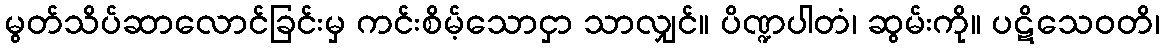
မွတ်သိပ်ဆာလောင်ခြင်းမှ ကင်းစိမ့်သောငှာ သာလျှင်။ ပိဏ္ဍပါတံ၊ ဆွမ်းကို။ ပဋိသေဝတိ၊